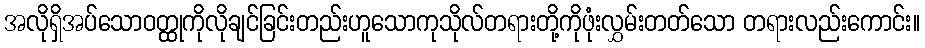
အလိုရှိအပ်သောဝတ္ထုကိုလိုချင်ခြင်းတည်းဟူသောကုသိုလ်တရားတို့ကိုဖုံးလွှမ်းတတ်သော တရားလည်းကောင်း။